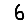
Digit: 6